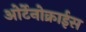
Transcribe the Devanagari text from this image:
ओर्टेनोक्राईस